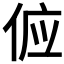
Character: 𬾖